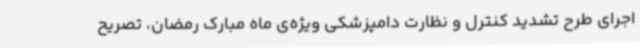
اجرای طرح تشدید کنترل و نظارت دامپزشکی ویژه‌ی ماه مبارک رمضان، تصریح